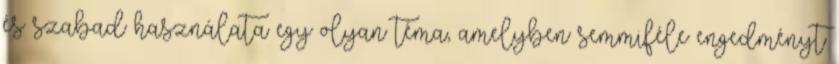
és szabad használata egy olyan téma, amelyben semmiféle engedményt